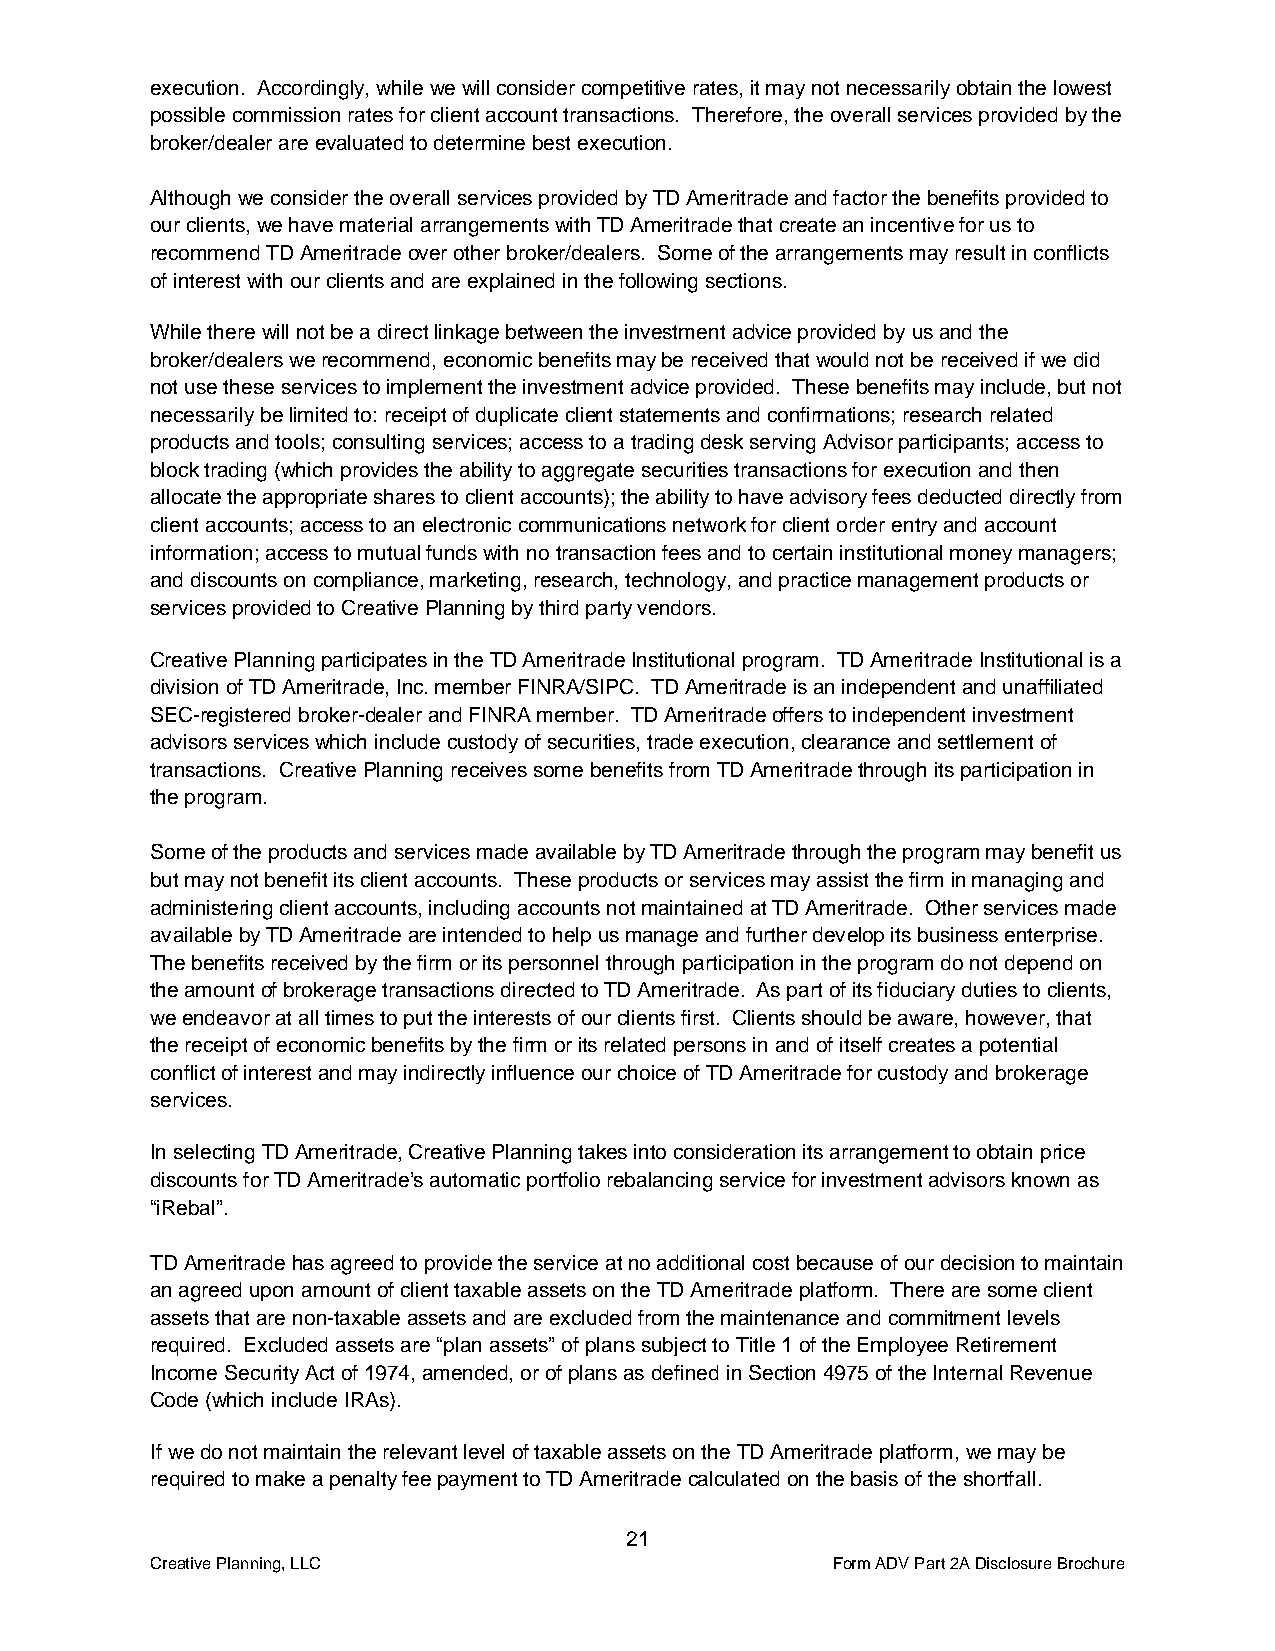
execution. Accordingly, while we will consider competitive rates, it may not necessarily obtain the lowest
 possible commission rates for client account transactions. Therefore, the overall services provided by the
 broker/dealer are evaluated to determine best execution.
 Although we consider the overall services provided by TD Ameritrade and factor the benefits provided to
 our clients, we have material arrangements with TD Ameritrade that create an incentive for us to
 recommend TD Ameritrade over other broker/dealers. Some of the arrangements may result in conflicts
 of interest with our clients and are explained in the following sections.
 While there will not be a direct linkage between the investment advice provided by us and the
 broker/dealers we recommend, economic benefits may be received that would not be received if we did
 not use these services to implement the investment advice provided. These benefits may include, but not
 necessarily be limited to: receipt of duplicate client statements and confirmations; research related
 products and tools; consulting services; access to a trading desk serving Advisor participants; access to
 block trading (which provides the ability to aggregate securities transactions for execution and then
 allocate the appropriate shares to client accounts); the ability to have advisory fees deducted directly from
 client accounts; access to an electronic communications network for client order entry and account
 information; access to mutual funds with no transaction fees and to certain institutional money managers;
 and discounts on compliance, marketing, research, technology, and practice management products or
 services provided to Creative Planning by third party vendors.
 Creative Planning participates in the TD Ameritrade Institutional program. TD Ameritrade Institutional is a
 division of TD Ameritrade, Inc. member FINRA/SIPC. TD Ameritrade is an independent and unaffiliated
 SEC-registered broker-dealer and FINRA member. TD Ameritrade offers to independent investment
 advisors services which include custody of securities, trade execution, clearance and settlement of
 transactions. Creative Planning receives some benefits from TD Ameritrade through its participation in
 the program.
 Some of the products and services made available by TD Ameritrade through the program may benefit us
 but may not benefit its client accounts. These products or services may assist the firm in managing and
 administering client accounts, including accounts not maintained at TD Ameritrade. Other services made
 available by TD Ameritrade are intended to help us manage and further develop its business enterprise.
 The benefits received by the firm or its personnel through participation in the program do not depend on
 the amount of brokerage transactions directed to TD Ameritrade. As part of its fiduciary duties to clients,
 we endeavor at all times to put the interests of our clients first. Clients should be aware, however, that
 the receipt of economic benefits by the firm or its related persons in and of itself creates a potential
 conflict of interest and may indirectly influence our choice of TD Ameritrade for custody and brokerage
 services.
 In selecting TD Ameritrade, Creative Planning takes into consideration its arrangement to obtain price
 discounts for TD Ameritrade’s automatic portfolio rebalancing service for investment advisors known as
 “iRebal”.
 TD Ameritrade has agreed to provide the service at no additional cost because of our decision to maintain
 an agreed upon amount of client taxable assets on the TD Ameritrade platform. There are some client
 assets that are non-taxable assets and are excluded from the maintenance and commitment levels
 required. Excluded assets are “plan assets” of plans subject to Title 1 of the Employee Retirement
 Income Security Act of 1974, amended, or of plans as defined in Section 4975 of the Internal Revenue
 Code (which include IRAs).
 If we do not maintain the relevant level of taxable assets on the TD Ameritrade platform, we may be
 required to make a penalty fee payment to TD Ameritrade calculated on the basis of the shortfall.
 21
 Creative Planning, LLC                       Form ADV Part 2A Disclosure Brochure